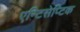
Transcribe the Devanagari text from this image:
एन्टिसेप्टिक